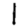
Digit: 1